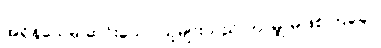
အရှိန်သေမှ ဆင်းသော သူများသည် ဘာမျှ မဖြစ်ကြချေ။